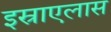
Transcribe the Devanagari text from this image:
इस्राएलास